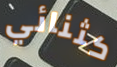
كثنائي